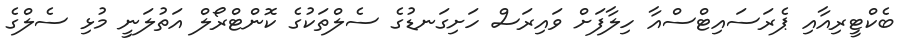
ބެކްޓީރިއާއި ޕެރަސައިޓްސްއާ ހިލާފަށް ވައިރަސް ހަށިގަނޑުގެ ސެލްތަކުގެ ކޮންޓްރޯލް އަތުލަނީ މުޅި ސެލްގެ